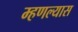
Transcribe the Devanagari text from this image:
म्हणल्यास